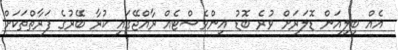
އެއް ބިލިއަން ޑޮލަރަށް ވުރެ ބޮޑު އިންވެސްޓެއް ރާއްޖޭގައި ކުރާ ބޭރުގެ ފަރާތްތަކަށް